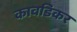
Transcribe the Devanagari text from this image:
कावडिकर